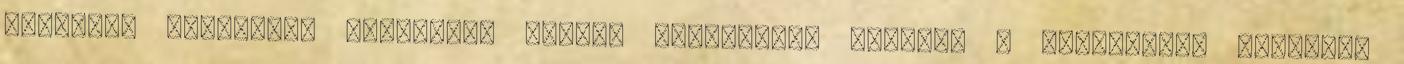
Muaythai Szövetség elnökségi tagja, regionális vezető, a szövetségi kapitány